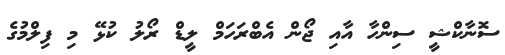
ސޮނާކްޝީ ސިންހާ އާއި ޖޯން އެބްރަހަމް ލީޑް ރޯލު ކުޅޭ މި ފިލްމުގެ